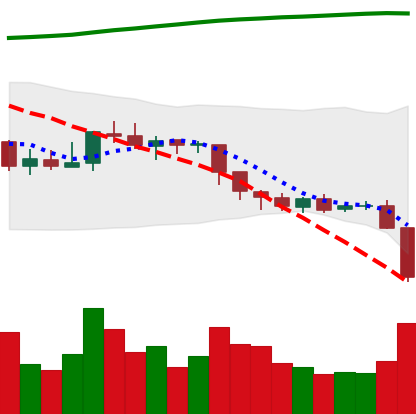
Ticker: EOS-USD
Chart end date: 2018-08-08
Forward return: -17.358%
Label: down_7plus